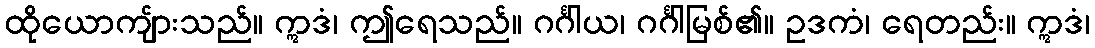
ထိုယောကျ်ားသည်။ ဣဒံ၊ ဤရေသည်။ ဂင်္ဂါယ၊ ဂင်္ဂါမြစ်၏။ ဥဒကံ၊ ရေတည်း။ ဣဒံ၊